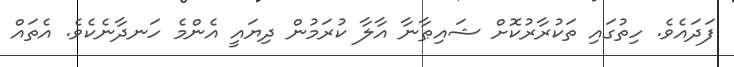
ފަދައެވެ. ހިތުގައި ތަކުރާރުކޮށް ޝައިޠާނާ އާލާ ކުރަމުން ދިޔައީ އެންމެ ހަނދާނެކެވެ. އެތައް